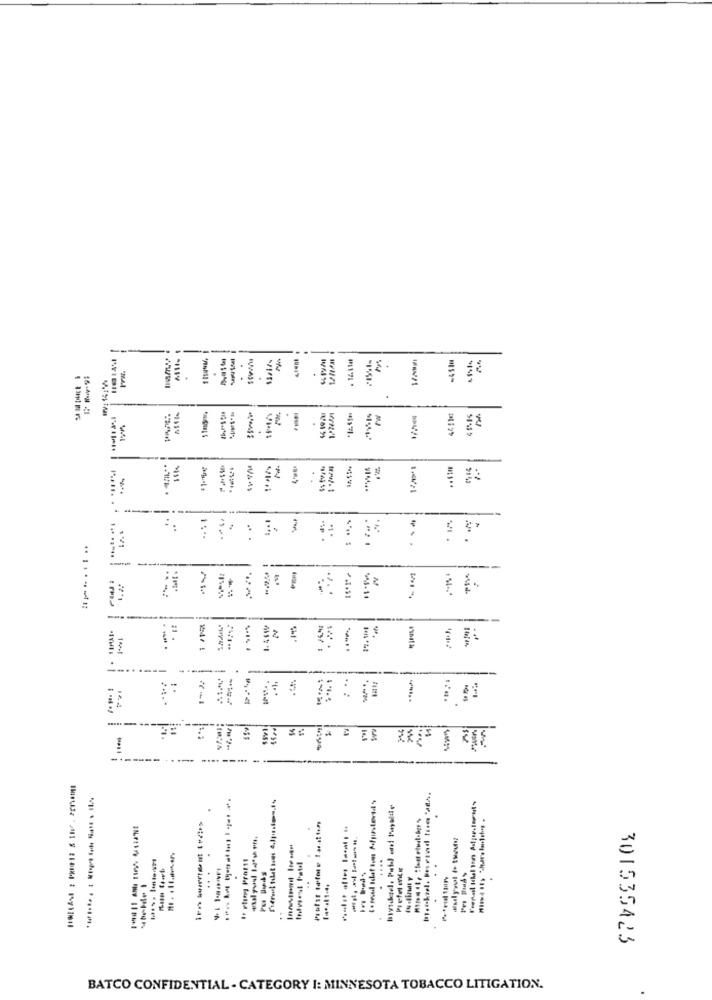
--
. 12.1141
-45IM
-
w
.
-
. È7
-
Z
3
..
W&
....... .
: *..
. .
*
-
...
543-11
--
.
--
Prefel mis
...
.....
301535423
BATCO CONFIDENTIAL - CATEGORY I: MINNESOTA TOBACCO LITIGATION.